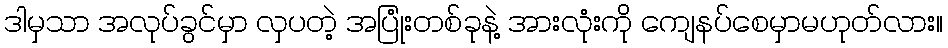
ဒါမှသာ အလုပ်ခွင်မှာ လှပတဲ့ အပြုံးတစ်ခုနဲ့ အားလုံးကို ကျေနပ်စေမှာမဟုတ်လား။